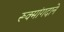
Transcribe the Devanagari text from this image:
रूक्मांगदाने